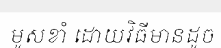
មូសខាំ ដោយវិធីមានដូច